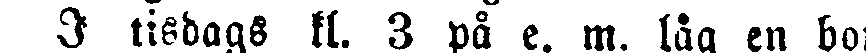
I tisdags kl. 3 på e. m. låg en bonde